Statistical return of the lunatic asylum in Assam - 1912-1932
Year: 1912
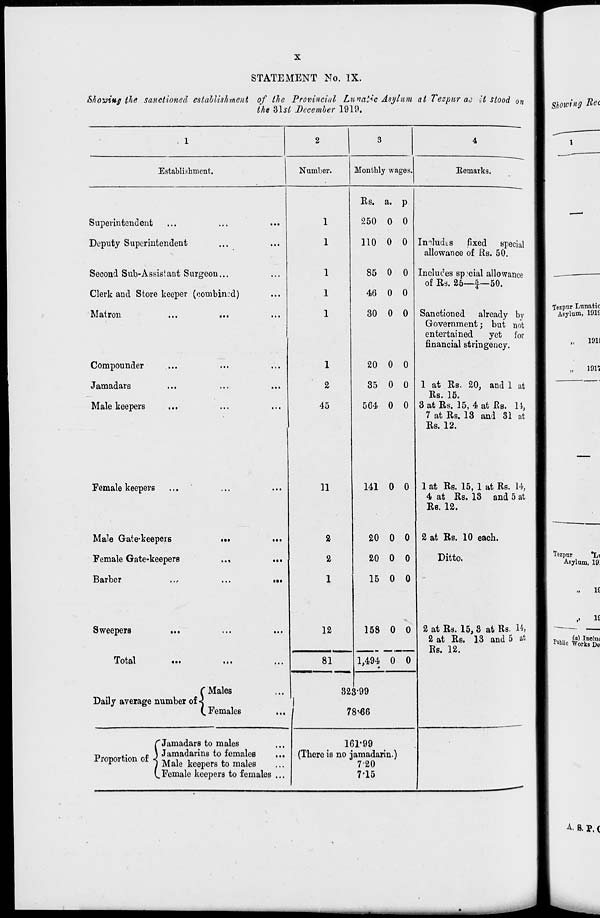
STATEMENT No. IX.
Shoving the sanctioned establishment of the Provincial Lunatic Asylum at Tezpnr ac It stood on
the ?>\sl December 1910.
Establishment.
Numlier.
Monthly wages.
Remarks.
Superintendent
Deputy Superintendent
Second Sub-Assislant Surgeon...
Clerk and Store keeper (combined)
Matron.
Compounder
Jamadars
Male keepers
Female keepers
Male Gate-keepers
Female Gate-keepers
Barber
Sweepers
Total
•••
Daily average number of <
C Males
Females
Proportion of
C Jamadars to males
) Jamadarins to females
...
1 Male keepers to males
(..Female keepers to females ...
1
2
45
11
2
2
1
12
81
Us. a. P
250 0 0
110 0 0
85 0 0
46 0 0
30 0 0
20 0 0
35 0 0
564 0 0
141 0 0
20 0 0
20 0 0
15 0 0
Imludts fixed special
allowance of Rs. 50.
Includes special allowance
of Rs. 25—f—50.
Sanctioned already by
Government j but not
entertained
yet for
financial stringency.
1 at Rs. 20, and 1 at
Rs. 15.
3 at Rs. 15, 4 at Rs. It,
7 at Rs. 13 and 31 at
Rs. 12.
1 at Rs. 15, 1 at Rs. 14,
4 at Rs. 13 and 5 at
Rs. 12.
2 at Rs. 10 each.
Ditto.
158 0 0
1,494 0 0
323-99
78--6G
161-99
(There is no jamadarin.)
720
7*15
2 at Rs. 15, 3 at Rs. 14,
2 at Rs. 13 and 5 at
Rs. 12.